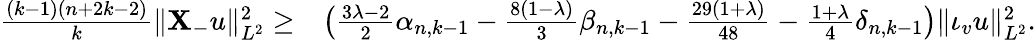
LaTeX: \begin{array}{rl}{\frac{(k-1)(n+2k-2)}{k}\| \mathbf{X}_{-}u\| _{L^{2}}^{2}\geq}&{\big(\frac{3\lambda-2}{2}\alpha_{n,k-1}-\frac{8(1-\lambda)}{3}\beta_{n,k-1}-\frac{29(1+\lambda)}{48}-\frac{1+\lambda}{4}\delta_{n,k-1}\big)\| \iota_{v}u\| _{L^{2}}^{2}.}\end{array}